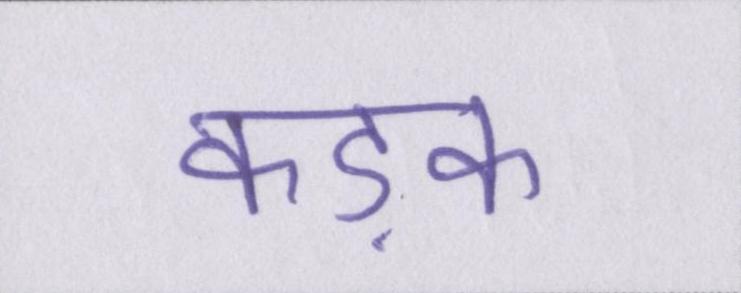
कड़क